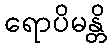
ရောပိမန္တိ